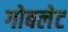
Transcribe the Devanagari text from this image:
गोबलेट